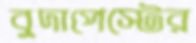
বুদাপেস্টের